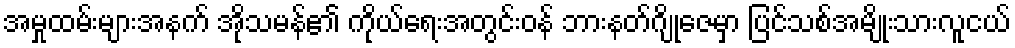
အမှုထမ်းများအနက် အိုသမန်၏ ကိုယ်ရေးအတွင်းဝန် ဘားနတ်ဂျိုဇေမှာ ပြင်သစ်အမျိုးသားလူငယ်